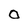
Character: O